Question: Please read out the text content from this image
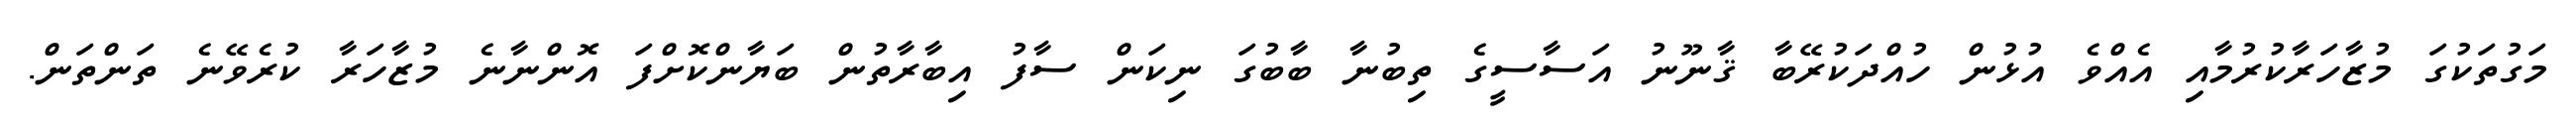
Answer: މަގުތަކުގަ މުޒާހަރާކުރުމާއި އެއްވެ އުޅުން ހުއްދަކުރޭބާ ޤާނޫނު އަސާސީގެ ތިބުނާ ބާބުގަ ނިކަން ސާފު އިބާރާތުން ބަޔާންކޮށްފަ އޮންނާނެ މުޒާހަރާ ކުރެވޭނެ ތަންތަން.